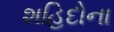
શહિદોના